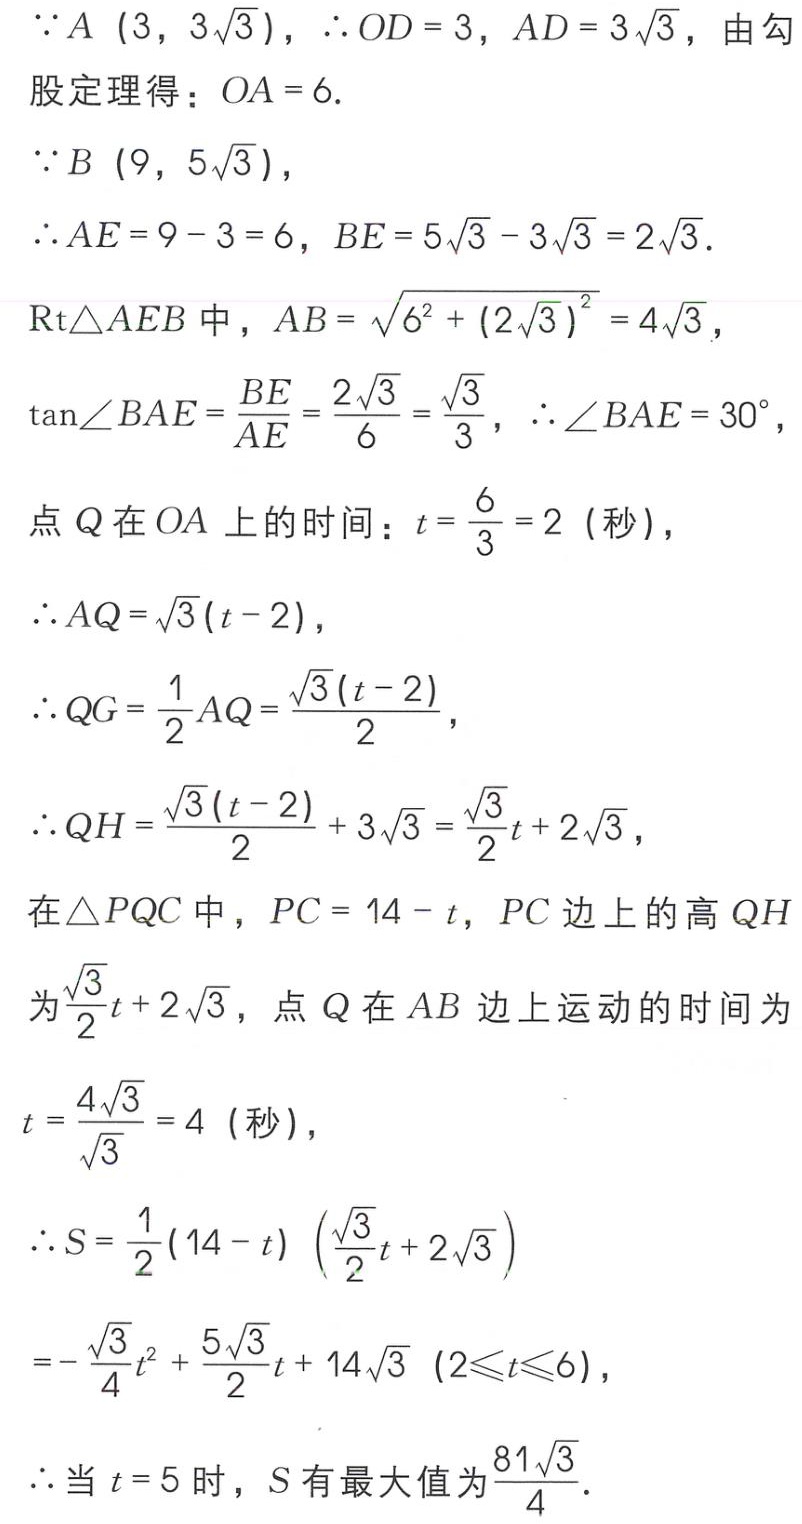
\(\because A(3,3\sqrt{3})\)，\(\therefore OD = 3\)，\(AD = 3\sqrt{3}\)，由勾股定理得：\(OA = 6\).
\(\because B(9,5\sqrt{3})\)，
\(\therefore AE=9 - 3 = 6\)，\(BE = 5\sqrt{3}-3\sqrt{3}=2\sqrt{3}\).
\(\text{Rt}\triangle AEB\)中，\(AB=\sqrt{6^{2}+(2\sqrt{3})^{2}} = 4\sqrt{3}\)，
\(\tan\angle BAE=\frac{BE}{AE}=\frac{2\sqrt{3}}{6}=\frac{\sqrt{3}}{3}\)，\(\therefore\angle BAE = 30^{\circ}\)，
点\(Q\)在\(OA\)上的时间：\(t=\frac{6}{3}=2\)（秒），
\(\therefore AQ=\sqrt{3}(t - 2)\)，
\(\therefore QG=\frac{1}{2}AQ=\frac{\sqrt{3}(t - 2)}{2}\)，
\(\therefore QH=\frac{\sqrt{3}(t - 2)}{2}+3\sqrt{3}=\frac{\sqrt{3}}{2}t+2\sqrt{3}\)，
在\(\triangle PQC\)中，\(PC = 14 - t\)，\(PC\)边上的高\(QH\)为\(\frac{\sqrt{3}}{2}t+2\sqrt{3}\)，点\(Q\)在\(AB\)边上运动的时间为\(t=\frac{4\sqrt{3}}{\sqrt{3}} = 4\)（秒），
\(\therefore S=\frac{1}{2}(14 - t)\left(\frac{\sqrt{3}}{2}t+2\sqrt{3}\right)\)
\(=-\frac{\sqrt{3}}{4}t^{2}+\frac{5\sqrt{3}}{2}t+14\sqrt{3}(2\leqslant t\leqslant6)\)，
\(\therefore\)当\(t = 5\)时，\(S\)有最大值为\(\frac{81\sqrt{3}}{4}\).